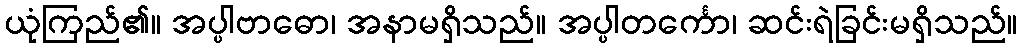
ယုံကြည်၏။ အပ္ပါဗာဓော၊ အနာမရှိသည်။ အပ္ပါတင်္ကော၊ ဆင်းရဲခြင်းမရှိသည်။